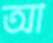
আ